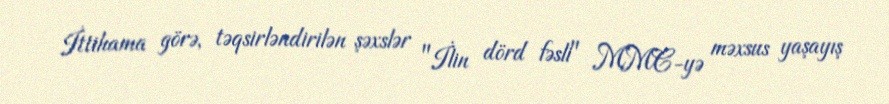
İttihama görə, təqsirləndirilən şəxslər "İlin dörd fəsli" MMC-yə məxsus yaşayış